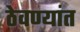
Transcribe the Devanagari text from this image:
ठेवण्यांत